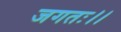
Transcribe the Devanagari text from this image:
जगतः।।